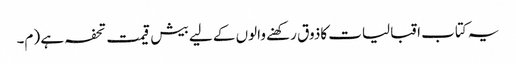
یہ کتاب اقبالیات کاذوق رکھنے والوں کے لیے بیش قیمت تحفہ ہے (م۔